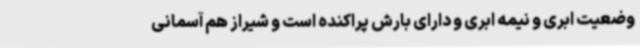
وضعیت ابری و نیمه ابری و دارای بارش پراکنده است و شیراز هم آسمانی